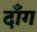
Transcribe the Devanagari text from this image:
दॉंग